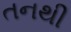
તનથી